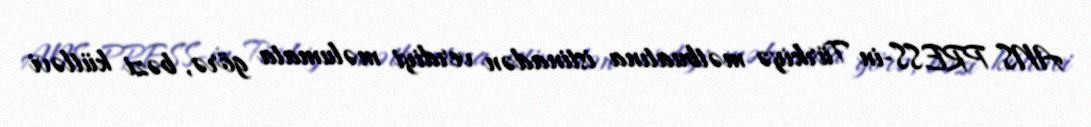
ANS PRESS-in Türkiyə mətbuatına istinadən verdiyi məlumata görə, bəzi kütləvi